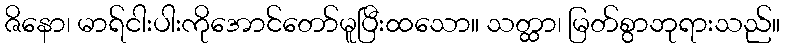
ဇိနော၊ မာရ်ငါးပါးကိုအောင်တော်မူပြီးထသော။ သတ္ထာ၊ မြတ်စွာဘုရားသည်။